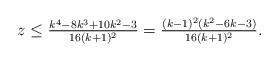
LaTeX: \begin{align*}\mbox{$z\leq \frac{k^4-8k^3+10k^2-3}{16(k+1)^2}=\frac{(k-1)^2(k^2-6k-3)}{16(k+1)^2}.$}\end{align*}